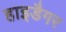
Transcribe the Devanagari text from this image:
हाइडैगर